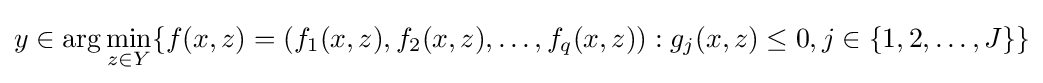
y\in \arg \min \limits _{z\in Y}\{f(x,z)=(f_{1}(x,z),f_{2}(x,z),\ldots ,f_{q}(x,z)):g_{j}(x,z)\leq 0,j\in \{1,2,\ldots ,J\}\}